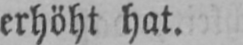
erhöht hat.